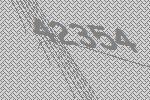
42354